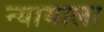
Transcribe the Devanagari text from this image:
न्यायाला